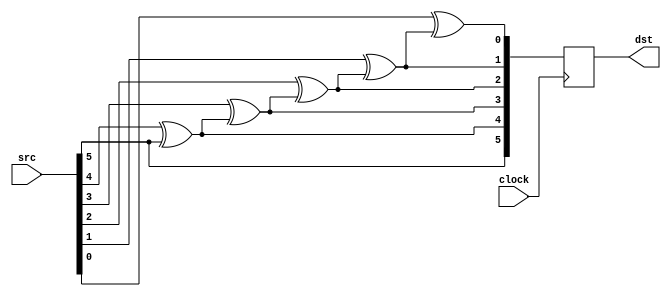
/*-------------------------------------------------------------------------------*\
	FILE:			gray_dec_1p.v
	AUTHOR:			Xudong Chen
	CREATED BY:		Xudong Chen
	$Id$
	ABSTRACT:		behavioral code for gray decode module, with 1-clock pipeline
	
	KEYWORDS:		gray, decode, 1-clock pipeline 
	MODIFICATION HISTORY:
	$Log$
		Xudong 		18/6/20			original version
\*-------------------------------------------------------------------------------*/
module gray_dec_1p
#(
parameter	WIDTH = 6			// 
)
(
input		wire					clock,	// 
input		wire	[WIDTH-1:0]		src,	// 
output		reg		[WIDTH-1:0]		dst		// 
);

// 
integer	p;
reg		[WIDTH-1:0]	dst_x;
always @(*)
begin
	dst_x[WIDTH-1] = src[WIDTH-1];		// b[N-1] = g[N-1]
	for(p=WIDTH-2; p>=0; p=p-1)
	begin
		dst_x[p] = src[p]^dst_x[p+1];		// b[n] = g[n]^b[n+1]	, 0 <= n <= N-2
	end
end

// 
always @(posedge clock)
	dst <= dst_x;

endmodule